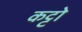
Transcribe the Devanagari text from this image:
कट्टो